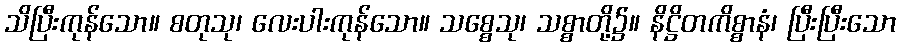
သိပြီးကုန်သော။ စတုသု၊ လေးပါးကုန်သော။ သစ္စေသု၊ သစ္စာတို့၌။ နိဋ္ဌိတကိစ္စာနံ၊ ပြီးပြီးသော